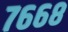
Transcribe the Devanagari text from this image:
७६६८